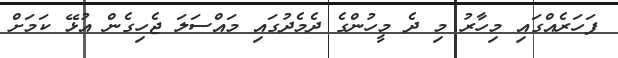
ފަހަރެއްގައި މިހާރު މި ދެ މީހުންގެ ދެމެދުގައި މައްސަލަ ޖެހިގެން އުޅޭ ކަމަށް